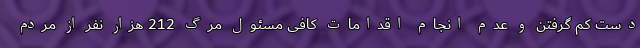
دست کم گرفتن و عدم انجام اقدامات کافی مسئول مرگ 212 هزار نفر از مردم